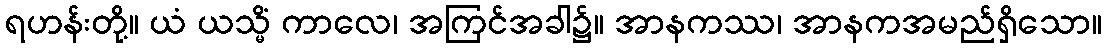
ရဟန်းတို့။ ယံ ယသ္မိံ ကာလေ၊ အကြင်အခါ၌။ အာနကဿ၊ အာနကအမည်ရှိသော။